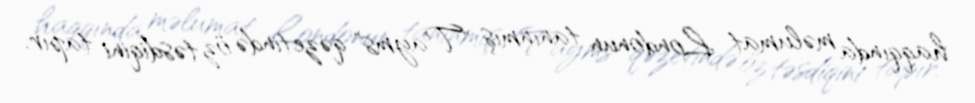
haqqında məlumat Londonun tanınmış "Tayms" qəzetində öz təsdiqini tapır.